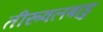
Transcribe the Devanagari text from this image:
तीरूवलबाडु